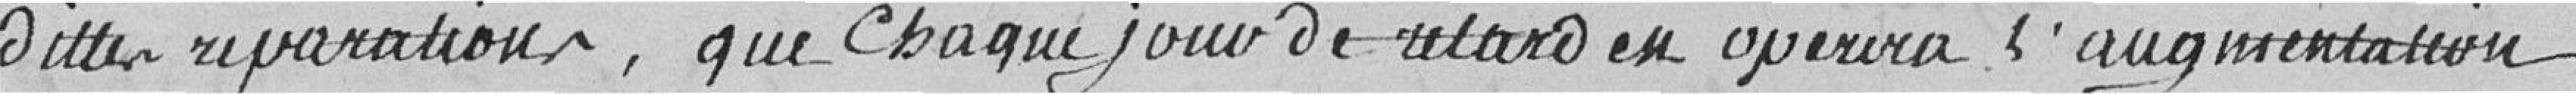
dites réparations, que chaque jour de retard en  opérera     l'augmentation ;